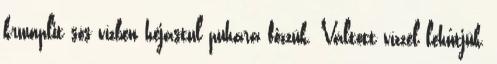
krumplit sós vízben héjastul puhára főzzük. Váltott vízzel lehűtjük,